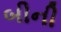
બીની